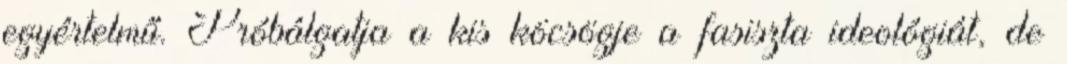
egyértelmű. Próbálgatja a kis köcsögje a fasiszta ideológiát, de